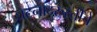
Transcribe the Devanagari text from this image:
घटनादुरुस्तीचे